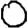
Digit: 0